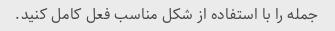
جمله را با استفاده از شکل مناسب فعل کامل کنید.